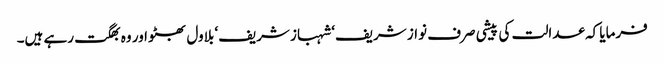
فرمایا کہ عدالت کی پیشی صرف نواز شریف‘ شہباز شریف‘ بلاول بھٹو اور وہ بھگت رہے ہیں۔